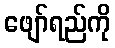
ဖျော်ရည်ကို